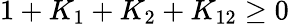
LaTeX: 1+K_{1}+K_{2}+K_{12}\ge 0